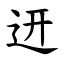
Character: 䢎